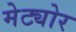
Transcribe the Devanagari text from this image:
मेट्योर